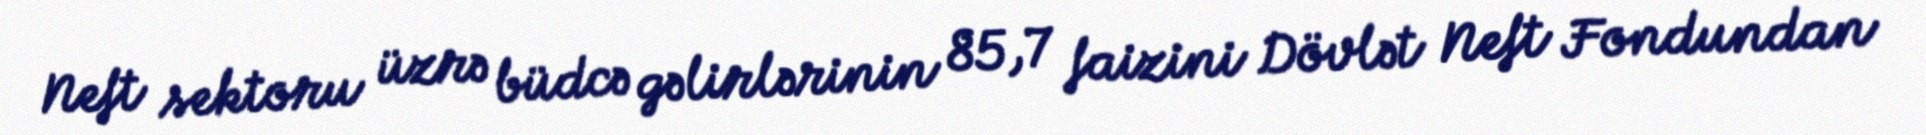
Neft sektoru üzrə büdcə gəlirlərinin 85,7 faizini Dövlət Neft Fondundan